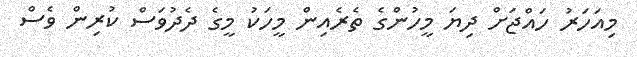
މިއަހަރު ހައްޖަށް ދިޔަ މީހުންގެ ތެރެއިން މީހަކު މީގެ ދެދުވަސް ކުރިން ވެސް